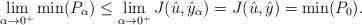
LaTeX: \begin{align*}\lim_{\alpha\rightarrow 0^+}\min(P_\alpha)\leq \lim_{\alpha\rightarrow 0^+}J(\hat u,\hat y_\alpha)=J(\hat u,\hat y)=\min(P_0).\end{align*}